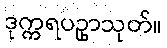
ဒုက္ကရပဥှာသုတ်။